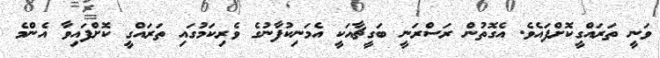
ވަނީ ތަރައްގީކޮށްފައެވެ. އެގޮތުން ރަސްރަނީ ބަގީޗާއަކީ އެމަނިކުފާނުގެ ވެރިކަމުގައި ތަރައްގީ ކޮށްފައިވާ އެންމެ